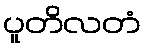
ပူတိလတံ